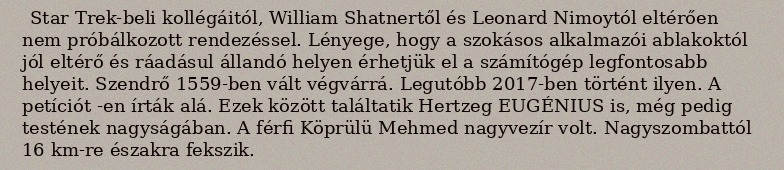
Star Trek-beli kollégáitól, William Shatnertől és Leonard Nimoytól eltérően nem próbálkozott rendezéssel. Lényege, hogy a szokásos alkalmazói ablakoktól jól eltérő és ráadásul állandó helyen érhetjük el a számítógép legfontosabb helyeit. Szendrő 1559-ben vált végvárrá. Legutóbb 2017-ben történt ilyen. A petíciót -en írták alá. Ezek között találtatik Hertzeg EUGÉNIUS is, még pedig testének nagyságában. A férfi Köprülü Mehmed nagyvezír volt. Nagyszombattól 16 km-re északra fekszik.